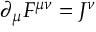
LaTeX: \partial _ { \mu } F ^ { \mu \nu } = J ^ { \nu }